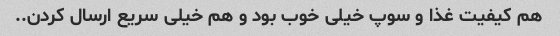
هم کیفیت غذا و سوپ خیلی خوب بود و هم خیلی سریع ارسال کردن..